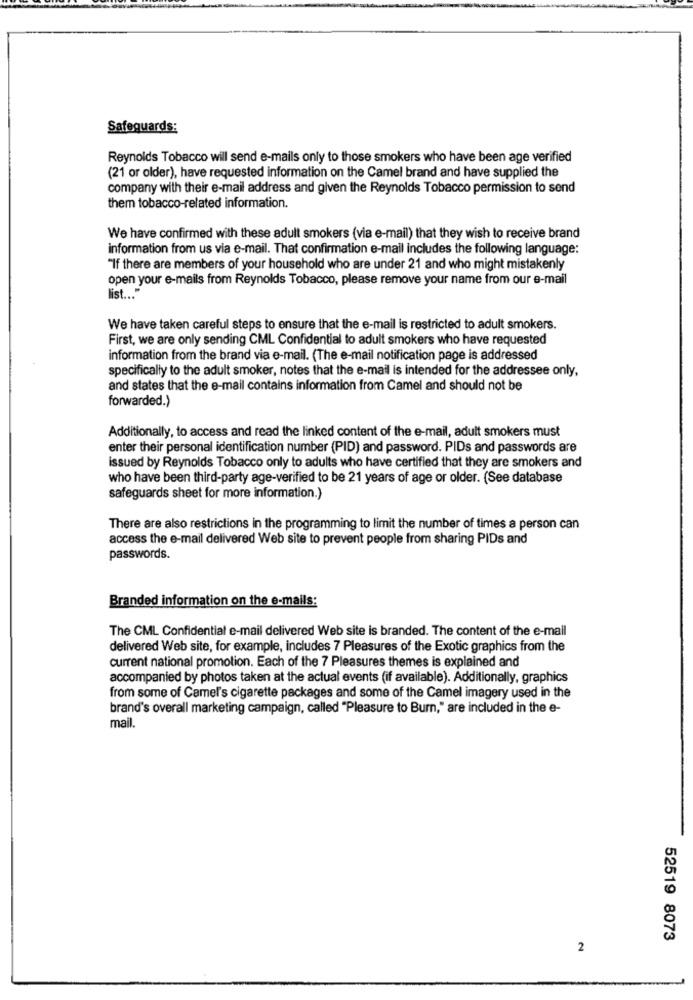
Safeguards:
Reynolds Tobacco will send e-mails only to those smokers who have been age verified
(21 or older), have requested information on the Camel brand and have supplied the
company with their e-mail address and given the Reynolds Tobacco permission to send
them tobacco-related information.
We have confirmed with these adult smokers (via e-mail) that they wish to receive brand
information from us via e-mail. That confirmation e-mail includes the following language:
"If there are members of your household who are under 21 and who might mistakenly
open your e-mails from Reynolds Tobacco, please remove your name from our e-mail
list ... "
We have taken careful steps to ensure that the e-mail is restricted to adult smokers.
First, we are only sending CML Confidential to adult smokers who have requested
information from the brand via e-mail. (The e-mail notification page is addressed
specifically to the adult smoker, notes that the e-mail is intended for the addressee only,
and states that the e-mail contains information from Camel and should not be
forwarded.)
Additionally, to access and read the linked content of the e-mail, adult smokers must
enter their personal identification number (PID) and password. PIDs and passwords are
issued by Reynolds Tobacco only to adults who have certified that they are smokers and
who have been third-party age-verified to be 21 years of age or older. (See database
safeguards sheet for more information.)
There are also restrictions in the programming to limit the number of times a person can
access the e-mail delivered Web site to prevent people from sharing PIDs and
passwords.
Branded information on the e-mails:
The CML Confidential e-mail delivered Web site is branded. The content of the e-mail
delivered Web site, for example, includes 7 Pleasures of the Exotic graphics from the
current national promotion. Each of the 7 Pleasures themes is explained and
accompanied by photos taken at the actual events (if available). Additionally, graphics
from some of Camel's cigarette packages and some of the Camel imagery used in the
brand's overall marketing campaign, called "Pleasure to Burn," are included in the e-
mail.
52519 8073
2